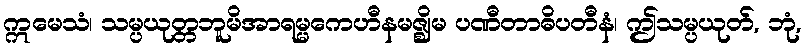
ဣမေသံ၊ သမ္ပယုတ္တဘူမိအာရမ္မကေဟီနမဇ္ဈိမ ပဏီတာဓိပတီနံ၊ ဤသမ္ပယုတ်, ဘုံ,